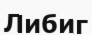
Либиг